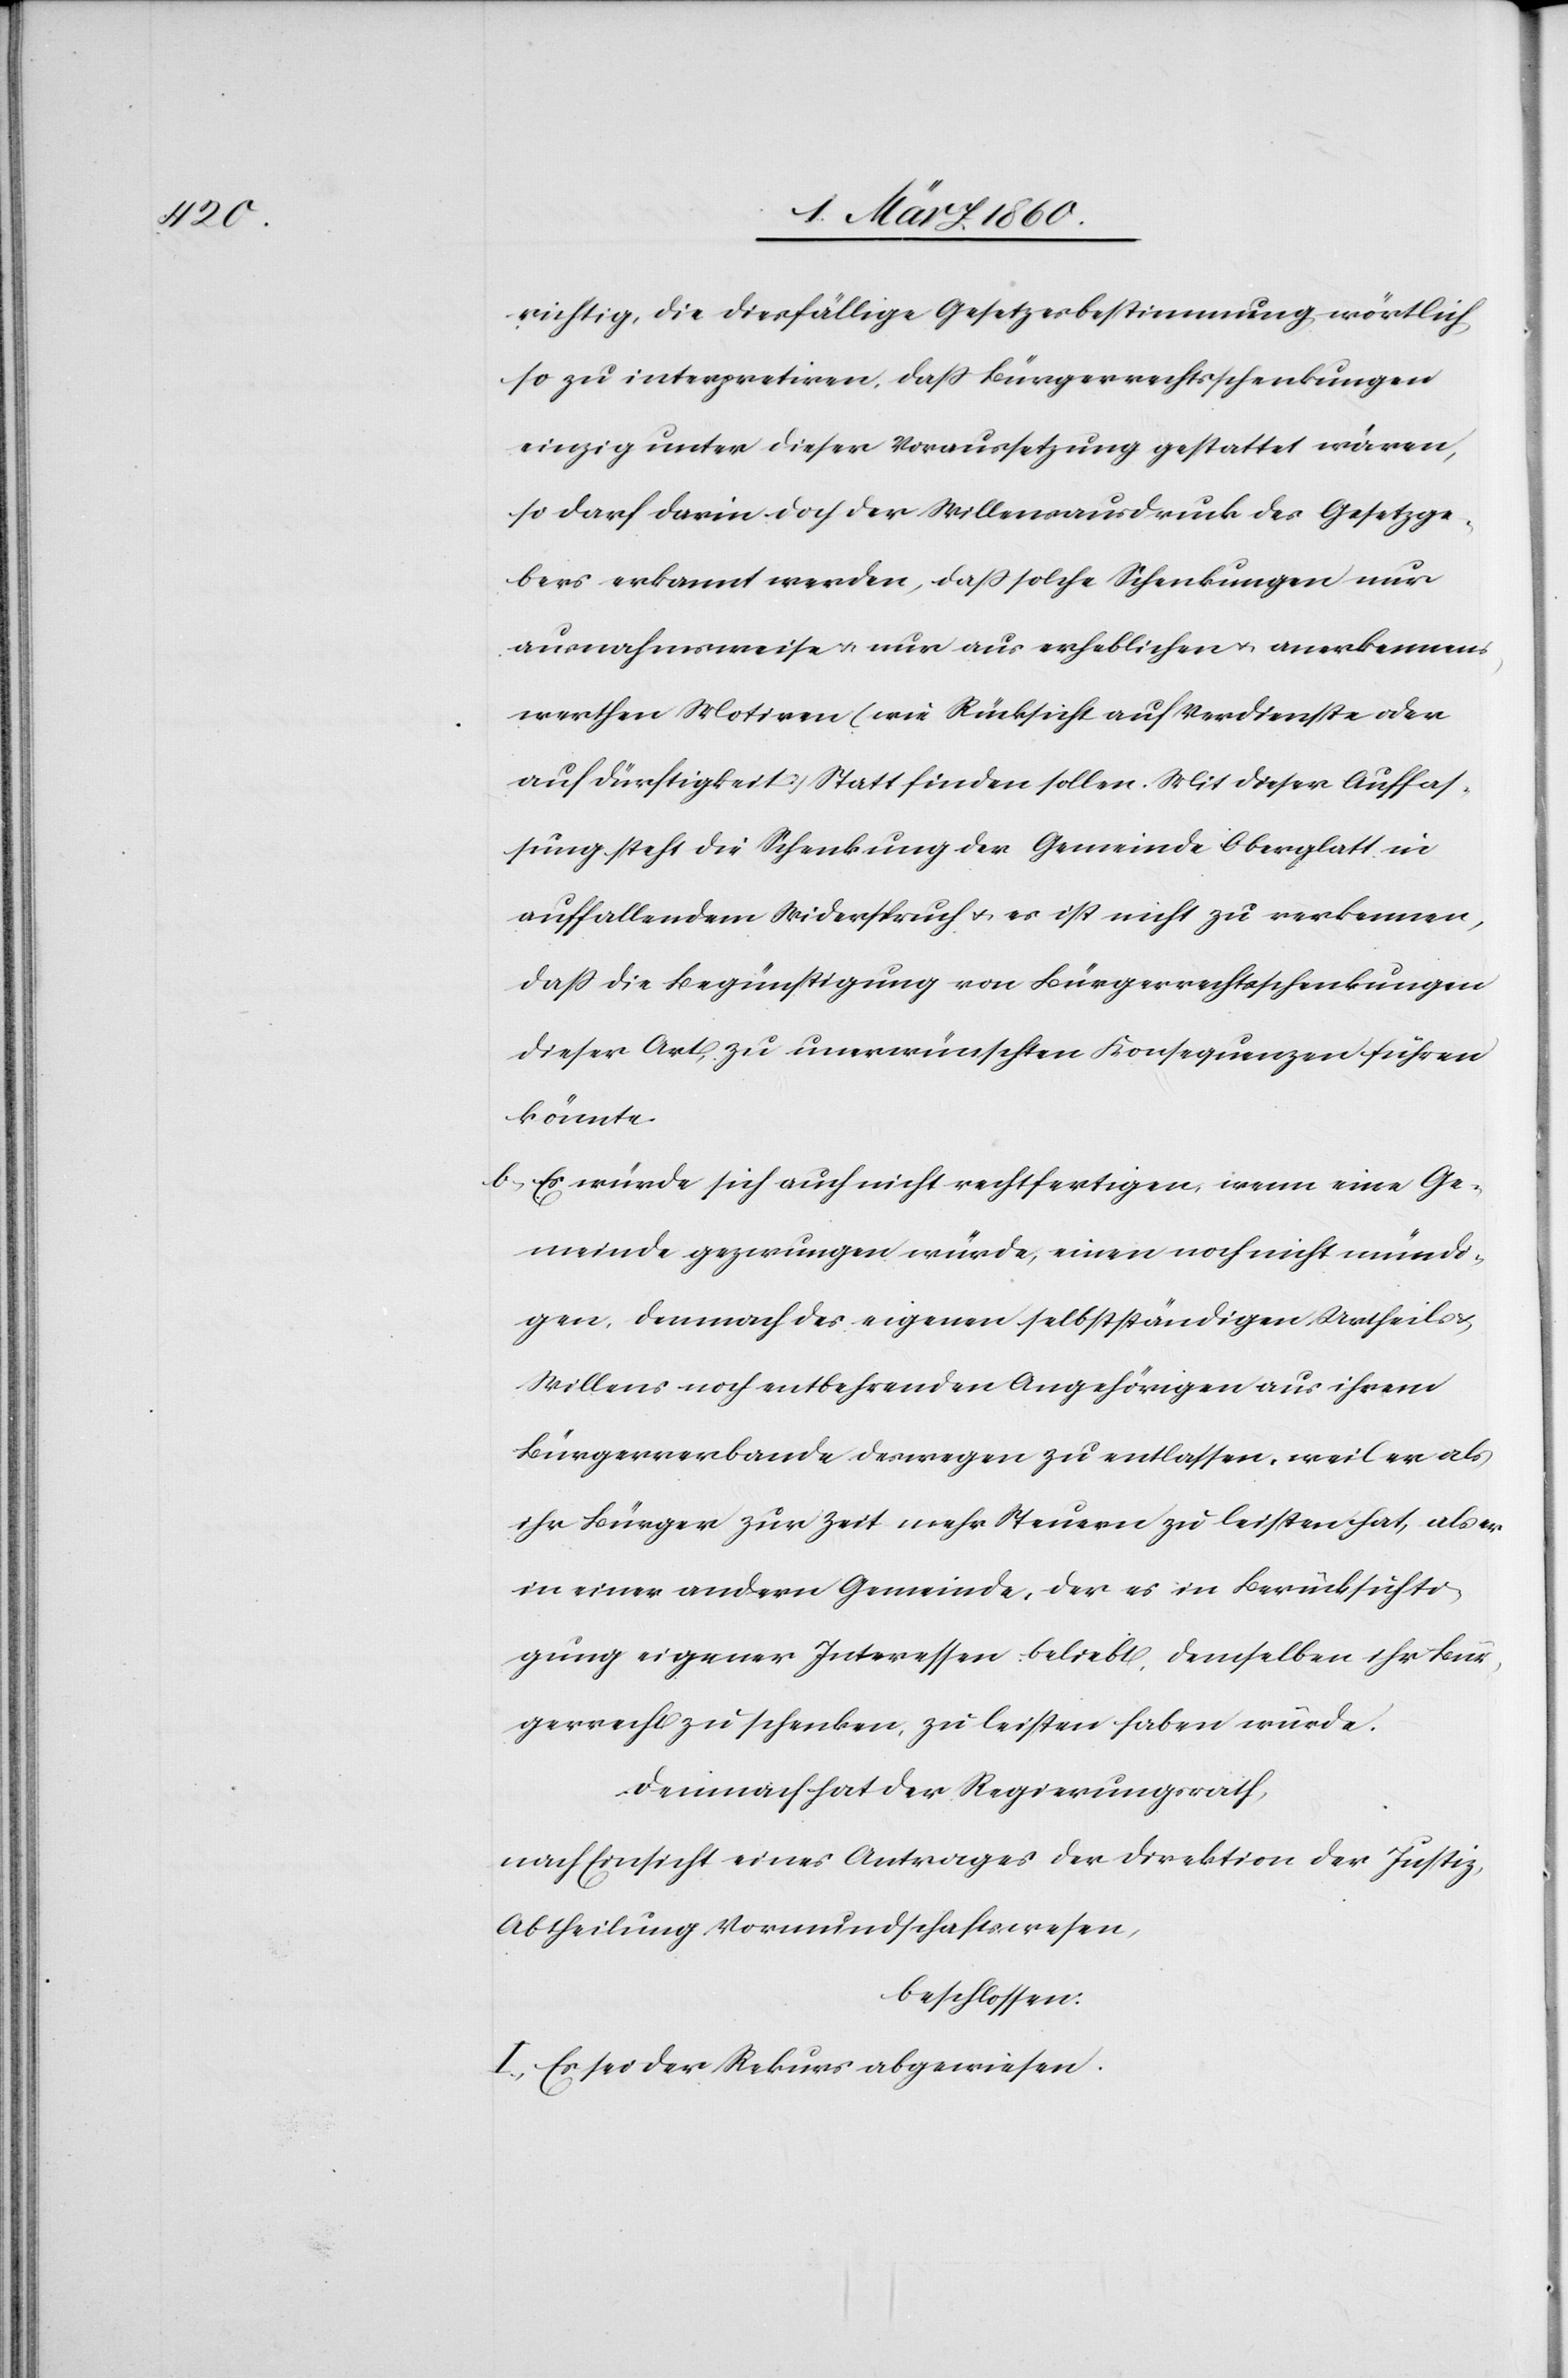
richtig, die diesfällige Gesetzesbestimmung wörtlich
so zu interpretiren, dass Bürgerrechtsschenkungen
einzig unter dieser Voraussetzung gestattet wären,
so darf darin doch der Willensausdruck des Gesetzge¬
bers erkannt werden, dass solche Schenkungen nur
ausnahmsweise u. nur aus erheblichen u. anerkennens¬
werthen Motiven [wie Rücksicht auf Verdienste oder
auf Dürftigkeit] Statt finden sollen. Mit dieser Auffas¬
sung steht die Schenkung der Gemeinde Oberglatt in
auffallendem Widerspruch u. es ist nicht zu verkennen,
dass die Begünstigung von Bürgerrechtsschenkungen
dieser Art, zu unverwünschten Konsequenzen führen
könnte.
b. Es würde sich auch nicht rechtfertigen, wenn eine Ge¬
meinde gezwungen würde, einen noch nicht mündi¬
gen, demnach des eigenen selbstständigen Urtheils
Willens noch entbehrenden Angehörigen aus ihrem
Bürgerverbande deswegen zu entlassen, weil er als
ihr Bürger zur Zeit mehr Steuern zu leisten hat, als er
in einer andern Gemeinde, der es in Berücksichti¬
gung eigener Interessen beliebt, demselben ihr Bür¬
gerecht zu schenken, zu leisten haben würde.
Demnach hat der Regierungsrath,
nach Einsicht eines Antrages der Direktion der Justiz,
Abtheilung Vormundschaftswesen,
beschlossen:
I. Es sei der Rekurs abgewiesen.